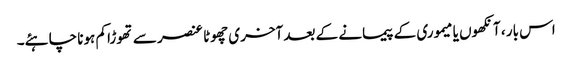
اس بار ، آنکھوں یا میموری کے پیمانے کے بعد آخری چھوٹا عنصر سے تھوڑا کم ہونا چاہئے۔